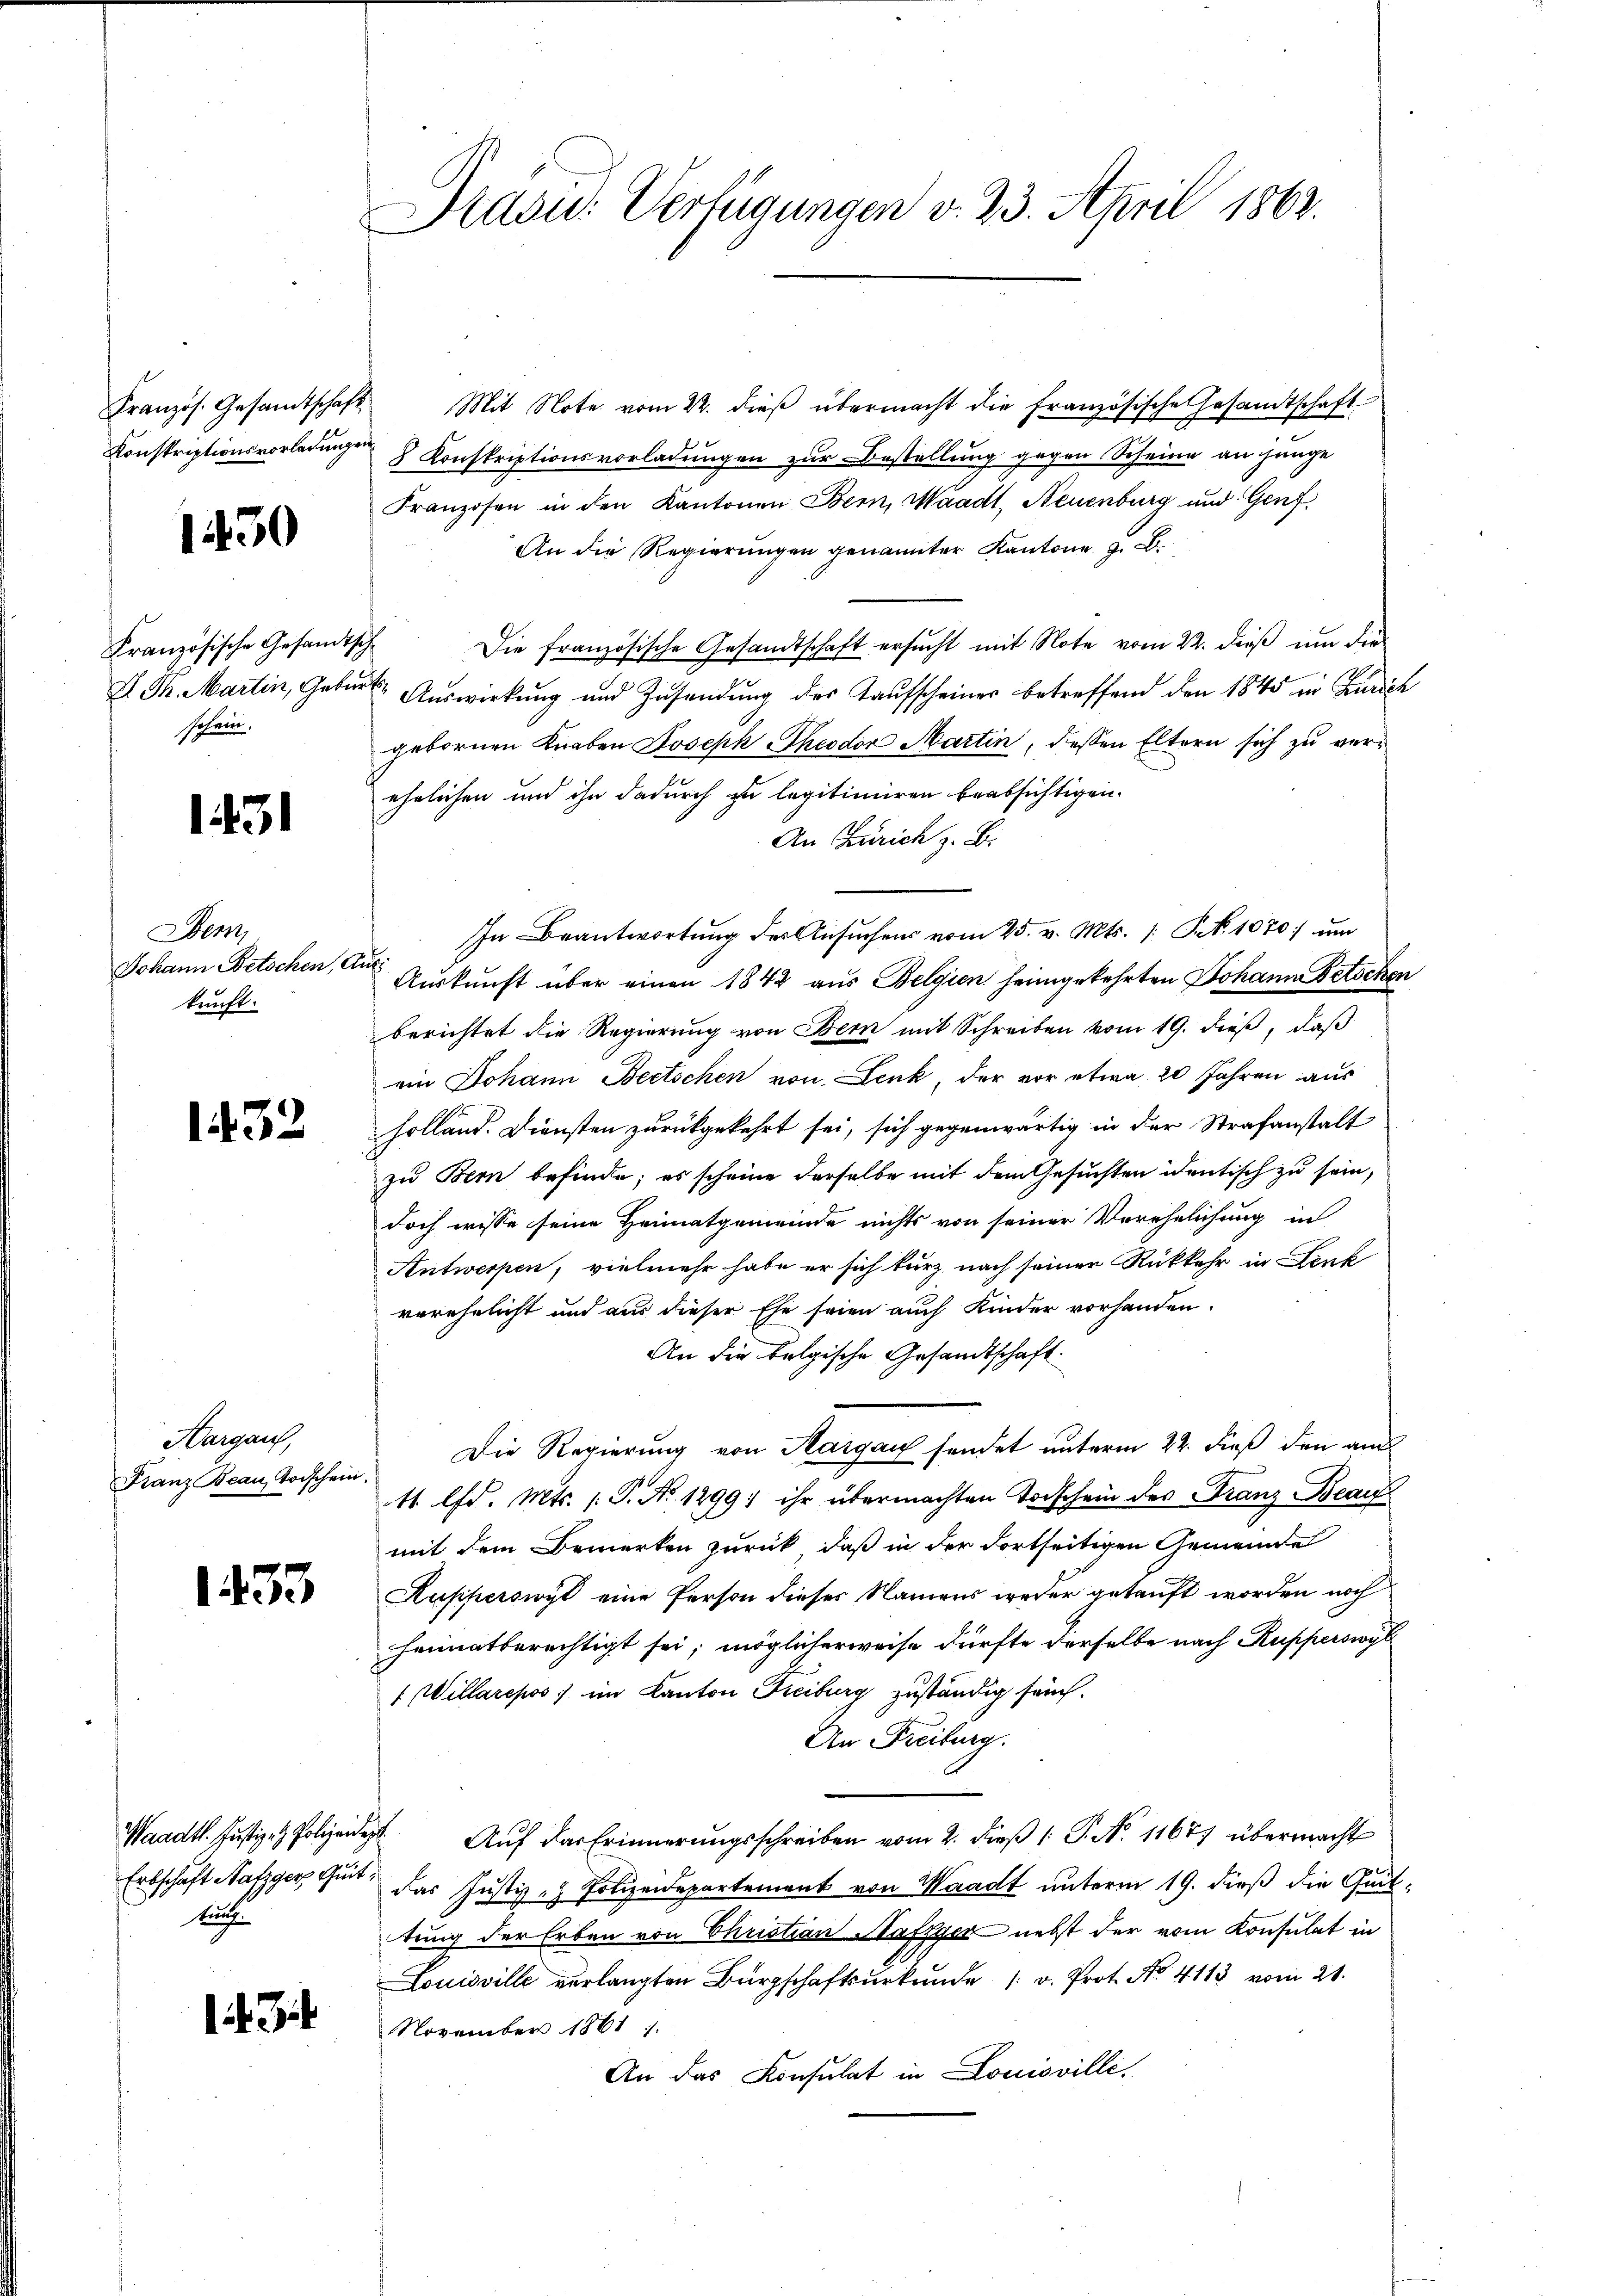
1450

Französische Gesandtsch
I Th. Martin, Gebur
schein.

131

Dem
Johann Betschen, e
kunft.

1432

Hargau,
Franz Beau, Todschein.

1453

Waadt. Justiz- & Polizeide
kuche

134

Präsid. Verfügungen v. 23. April 1863.

Kranzös. Gesandtschaft. Mit Note vom 22. dieβ übermacht die französische Gesandtschaft
Konstriptionsvorladungen Konskriptionsvorladungen zur Bestellung gegen Scheine an junge
Franzosen in den Kantonen Bern, Waadt, Neuenburg und Genf
An die Regierŭngen genannter Kantone z. B.
c
Die französische Gesandtschaft ersucht mit Note vom 22. dieß um die
 Auswirkung und Zusendung des Kaufscheiner betreffend den 1845 in Zürich
gebornen Knaben Joseph Theodor Martin, dessen Eltern sich zu verehelichen und ihn dadurch zu legitimiren beabsichtigen.
An Zürich z. B.
In Beantwortung des Ansuchens vom 25. v. Mts. /: P. 1070 um
 Auskunft über einen 1842 aus Belgien heimgekehrten Johann Petschen
berichtet die Regierung von Bern mit Schreiben vom 19. dieß, daß
ein Johann Beetschen von Lenk, der vor etwa 20 Jahren aus
holland. Diensten zurückgekehrt sei, sich gegenwärtig in der Strafanstalt
zu Bern befinde; es scheine derselbe mit dem Gesuchten identisch zu sein,
doch wisse seine Heimatgemeinde nichts von seiner Verehelichung in
Antwerpen, vielmehr habe er sich kurz nach seiner Rückkehr in Lenk
verehelicht und aus dieser Ehe seien auch Kinder vorhanden.
An die belgische Gesandtschaft
Die Regierung von Margau sendet unterm 22. dieß den am
M lfd. Mts. P. Nr. 1299) ihr übermachten Todschein des Franz Beaufmit dem Bemerken zurück, daß in der dortseitigen Gemeinde
Kupferswyt eine Person dieses Namens weder getauft worden noch
heimatberechtigt sei; möglicherweise dürfte derselbe nach Kupperswyl
1 Willarepos ) im Kanton Freiburg zuständig seuch¬
An Freiburg.
 Aŭf das Erinnerungsschreiben vom 2. dieβ 1. P. No. 11677 übermacht
Erbschaft Nafzger Gut, das Justiz- & Polizeidepartement von Waadt unterm 19. dieß die Quittung der Erben von Christian Haftger nebst der vom Konsulat in
Louisville verlangten Bürgschaftsurkunde /: v. Prot. No. 4113 vom 21.
November 1861 f.
An das Konsulat in Louisville.